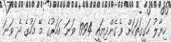
ހިޔާލު ހަގީގަތަކަށް ވެގެންދިޔައީ 1994 ވަނަ އަހަރުގެ މޭ މަހުގެ ދެ ވަނަ